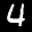
Label: 4